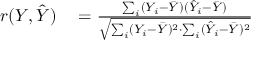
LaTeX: \begin{array} { r l } { r ( Y , { \hat { Y } } ) } & { { } = { \frac { \sum _ { i } ( Y _ { i } - { \bar { Y } } ) ( { \hat { Y } } _ { i } - { \bar { Y } } ) } { \sqrt { \sum _ { i } ( Y _ { i } - { \bar { Y } } ) ^ { 2 } \cdot \sum _ { i } ( { \hat { Y } } _ { i } - { \bar { Y } } ) ^ { 2 } } } } } \end{array}